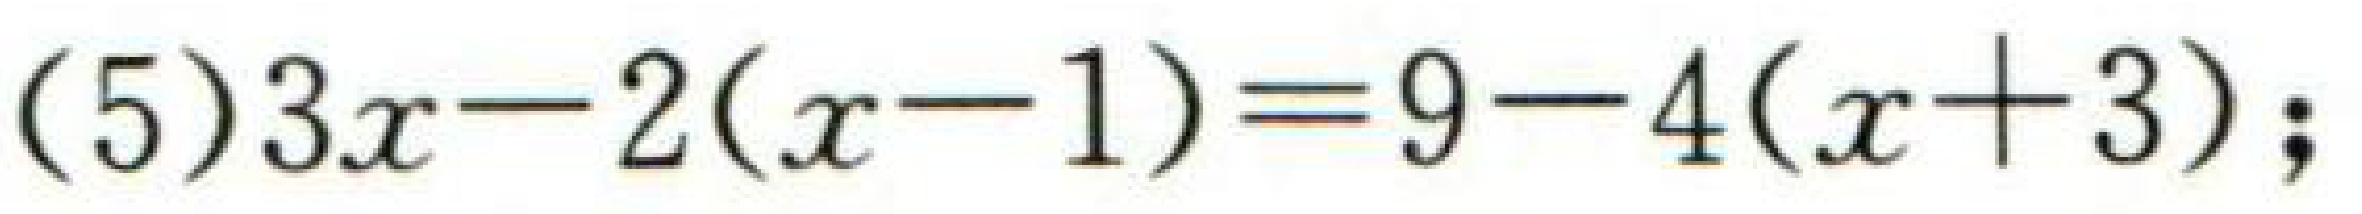
\((5)3x - 2(x - 1)=9 - 4(x + 3);\)